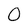
Character: O